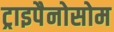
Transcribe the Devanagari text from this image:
ट्राइपैनोसोम